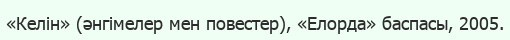
«Келін» (әнгімелер мен повестер), «Елорда» баспасы, 2005.